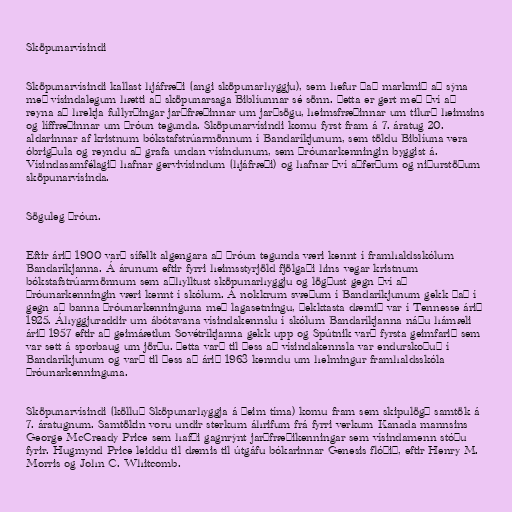
Sköpunarvísindi

Sköpunarvísindi kallast hjáfræði (angi sköpunarhyggju), sem hefur það markmið að sýna
með vísindalegum hætti að sköpunarsaga Biblíunnar sé sönn. Þetta er gert með því að
reyna að hrekja fullyrðingar jarðfræðinnar um jarðsögu, heimsfræðinnar um tilurð heimsins
og líffræðinnar um þróun tegunda. Sköpunarvísindi komu fyrst fram á 7. áratug 20.
aldarinnar af kristnum bókstafstrúarmönnum í Bandaríkjunum, sem töldu Biblíuna vera
óbrigðula og reyndu að grafa undan vísindunum, sem þróunarkenningin byggist á.
Vísindasamfélagið hafnar gervivísindum (hjáfræði) og hafnar því aðferðum og niðurstöðum
sköpunarvísinda.

Söguleg þróun.

Eftir árið 1900 varð sífellt algengara að þróun tegunda væri kennt í framhaldsskólum
Bandaríkjanna. Á árunum eftir fyrri heimsstyrjöld fjölgaði hins vegar kristnum
bókstafstrúarmönnum sem aðhylltust sköpunarhyggju og lögðust gegn því að
þróunarkenningin væri kennt í skólum. Á nokkrum svæðum í Bandaríkjunum gekk það í
gegn að banna þróunarkenninguna með lagasetningu, þekktasta dæmið var í Tennesse árið
1925. Áhyggjuraddir um ábótavana vísindakennslu í skólum Bandaríkjanna náðu hámæli
árið 1957 eftir að geimáætlun Sovétríkjanna gekk upp og Spútnik varð fyrsta geimfarið sem
var sett á sporbaug um jörðu. Þetta varð til þess að vísindakennsla var endurskoðuð í
Bandaríkjunum og varð til þess að árið 1963 kenndu um helmingur framhaldsskóla
þróunarkenninguna.

Sköpunarvísindi (kölluð Sköpunarhyggja á þeim tíma) komu fram sem skipulögð samtök á
7. áratugnum. Samtökin voru undir sterkum áhrifum frá fyrri verkum Kanada mannsins
George McCready Price sem hafði gagnrýnt jarðfræðikenningar sem vísindamenn stóðu
fyrir. Hugmynd Price leiddu til dæmis til útgáfu bókarinnar Genesis flóðið, eftir Henry M.
Morris og John C. Whitcomb.